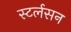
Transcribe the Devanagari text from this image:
स्टर्लसन